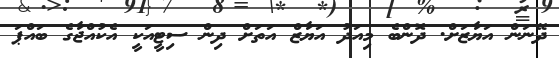
ދޭނަން އަޔާޒަށް. ދޮންބެ މިއަދު އަޔާޒް އަތަށް ދިން ސިޓީއަކީ އެކުއްޖާގެ ބައްޕަ